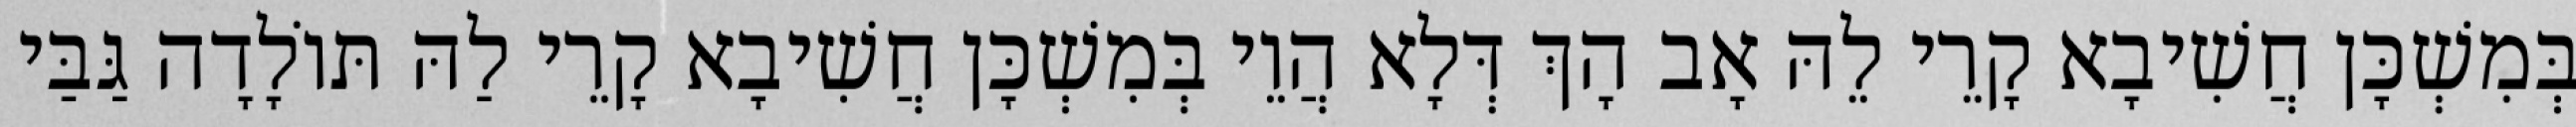
בְּמִשְׁכָּן חֲשִׁיבָא קָרֵי לֵהּ אָב הָךְ דְּלָא הֲוֵי בְּמִשְׁכָּן חֲשִׁיבָא קָרֵי לַהּ תּוֹלָדָה גַּבַּי